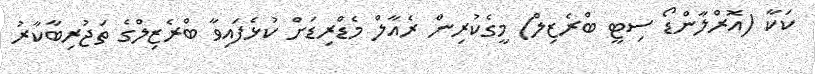
ކަކާ (އޮރްލާންޑޯ ސިޓީ ބްރެޒިލް) މީގެކުރިން ރެއާލް މެޑްރިޑަށް ކުޅެފައިވާ ބްރެޒިލްގެ ތަޖުރިބާކާރު